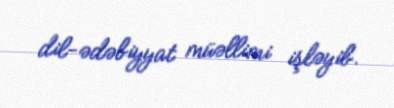
dil-ədəbiyyat müəllimi işləyib.